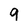
Character: g